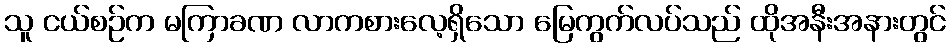
သူ ငယ်စဉ်က မကြာခဏ လာကစားလေ့ရှိသော မြေကွက်လပ်သည် ထိုအနီးအနားတွင်